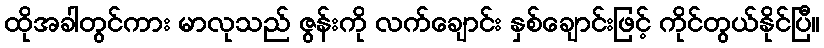
ထိုအခါတွင်ကား မာလုသည် ဇွန်းကို လက်ချောင်း နှစ်ချောင်းဖြင့် ကိုင်တွယ်နိုင်ပြီ။